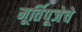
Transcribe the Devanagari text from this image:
मूर्तिपूजेचे